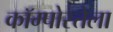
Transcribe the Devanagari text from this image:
कॉम्पोस्तेला